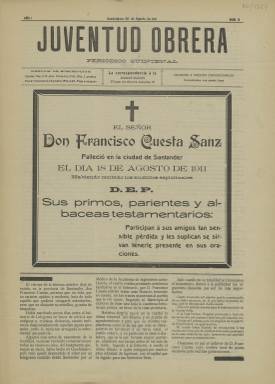
Título: Juventud obrera (Guadalajara)
Colección: Periódicos
Ámbito geográfico: Guadalajara
Lugar de publicación: Guadalajara
Fechas: 26/08/1911-26/08/1911